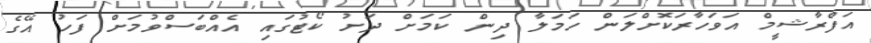
އަފްރާޝީމް އަވަހާރަކޮށްލަން ހަމަލާ ދިން ކަމަށް ދަށު ކޯޓުގައި އެއްބަސްވުމަށް ފަހު އޭގެ